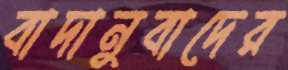
বাদানুবাদের